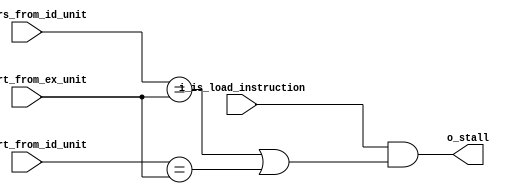
`timescale 1ns/100ps

module hazard_detection_unit
#(
    parameter                       NB_ADDR     = 5,
    parameter                       NB_DATA     = 2**NB_ADDR
)
(
    //Outputs
    output wire                     o_stall,

    //Inputs
    input wire  [NB_ADDR-1  : 0]    i_rf_rs_from_id_unit,
    input wire  [NB_ADDR-1  : 0]    i_rf_rt_from_id_unit,
    input wire  [NB_ADDR-1  : 0]    i_rf_rt_from_ex_unit,
    input wire                      i_is_load_instruction

);

    //Output assignment
    assign                          o_stall     = (i_is_load_instruction & ((i_rf_rs_from_id_unit == i_rf_rt_from_ex_unit) | (i_rf_rt_from_id_unit == i_rf_rt_from_ex_unit)));

endmodule